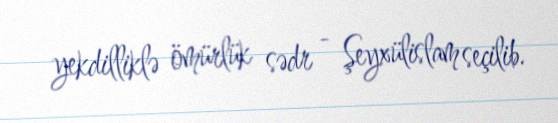
yekdilliklə ömürlük sədr - Şeyxülislam seçilib.